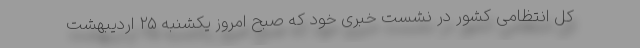
کل انتظامی کشور در نشست خبری خود که صبح امروز یکشنبه ۲۵ اردیبهشت